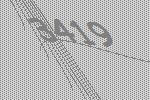
3419